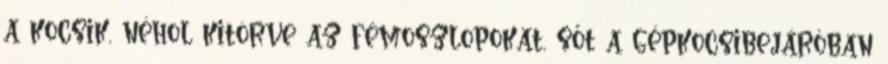
a kocsik, néhol kitörve az fémoszlopokat, sőt a gépkocsibejáróban